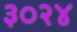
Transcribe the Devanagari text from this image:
३०२४